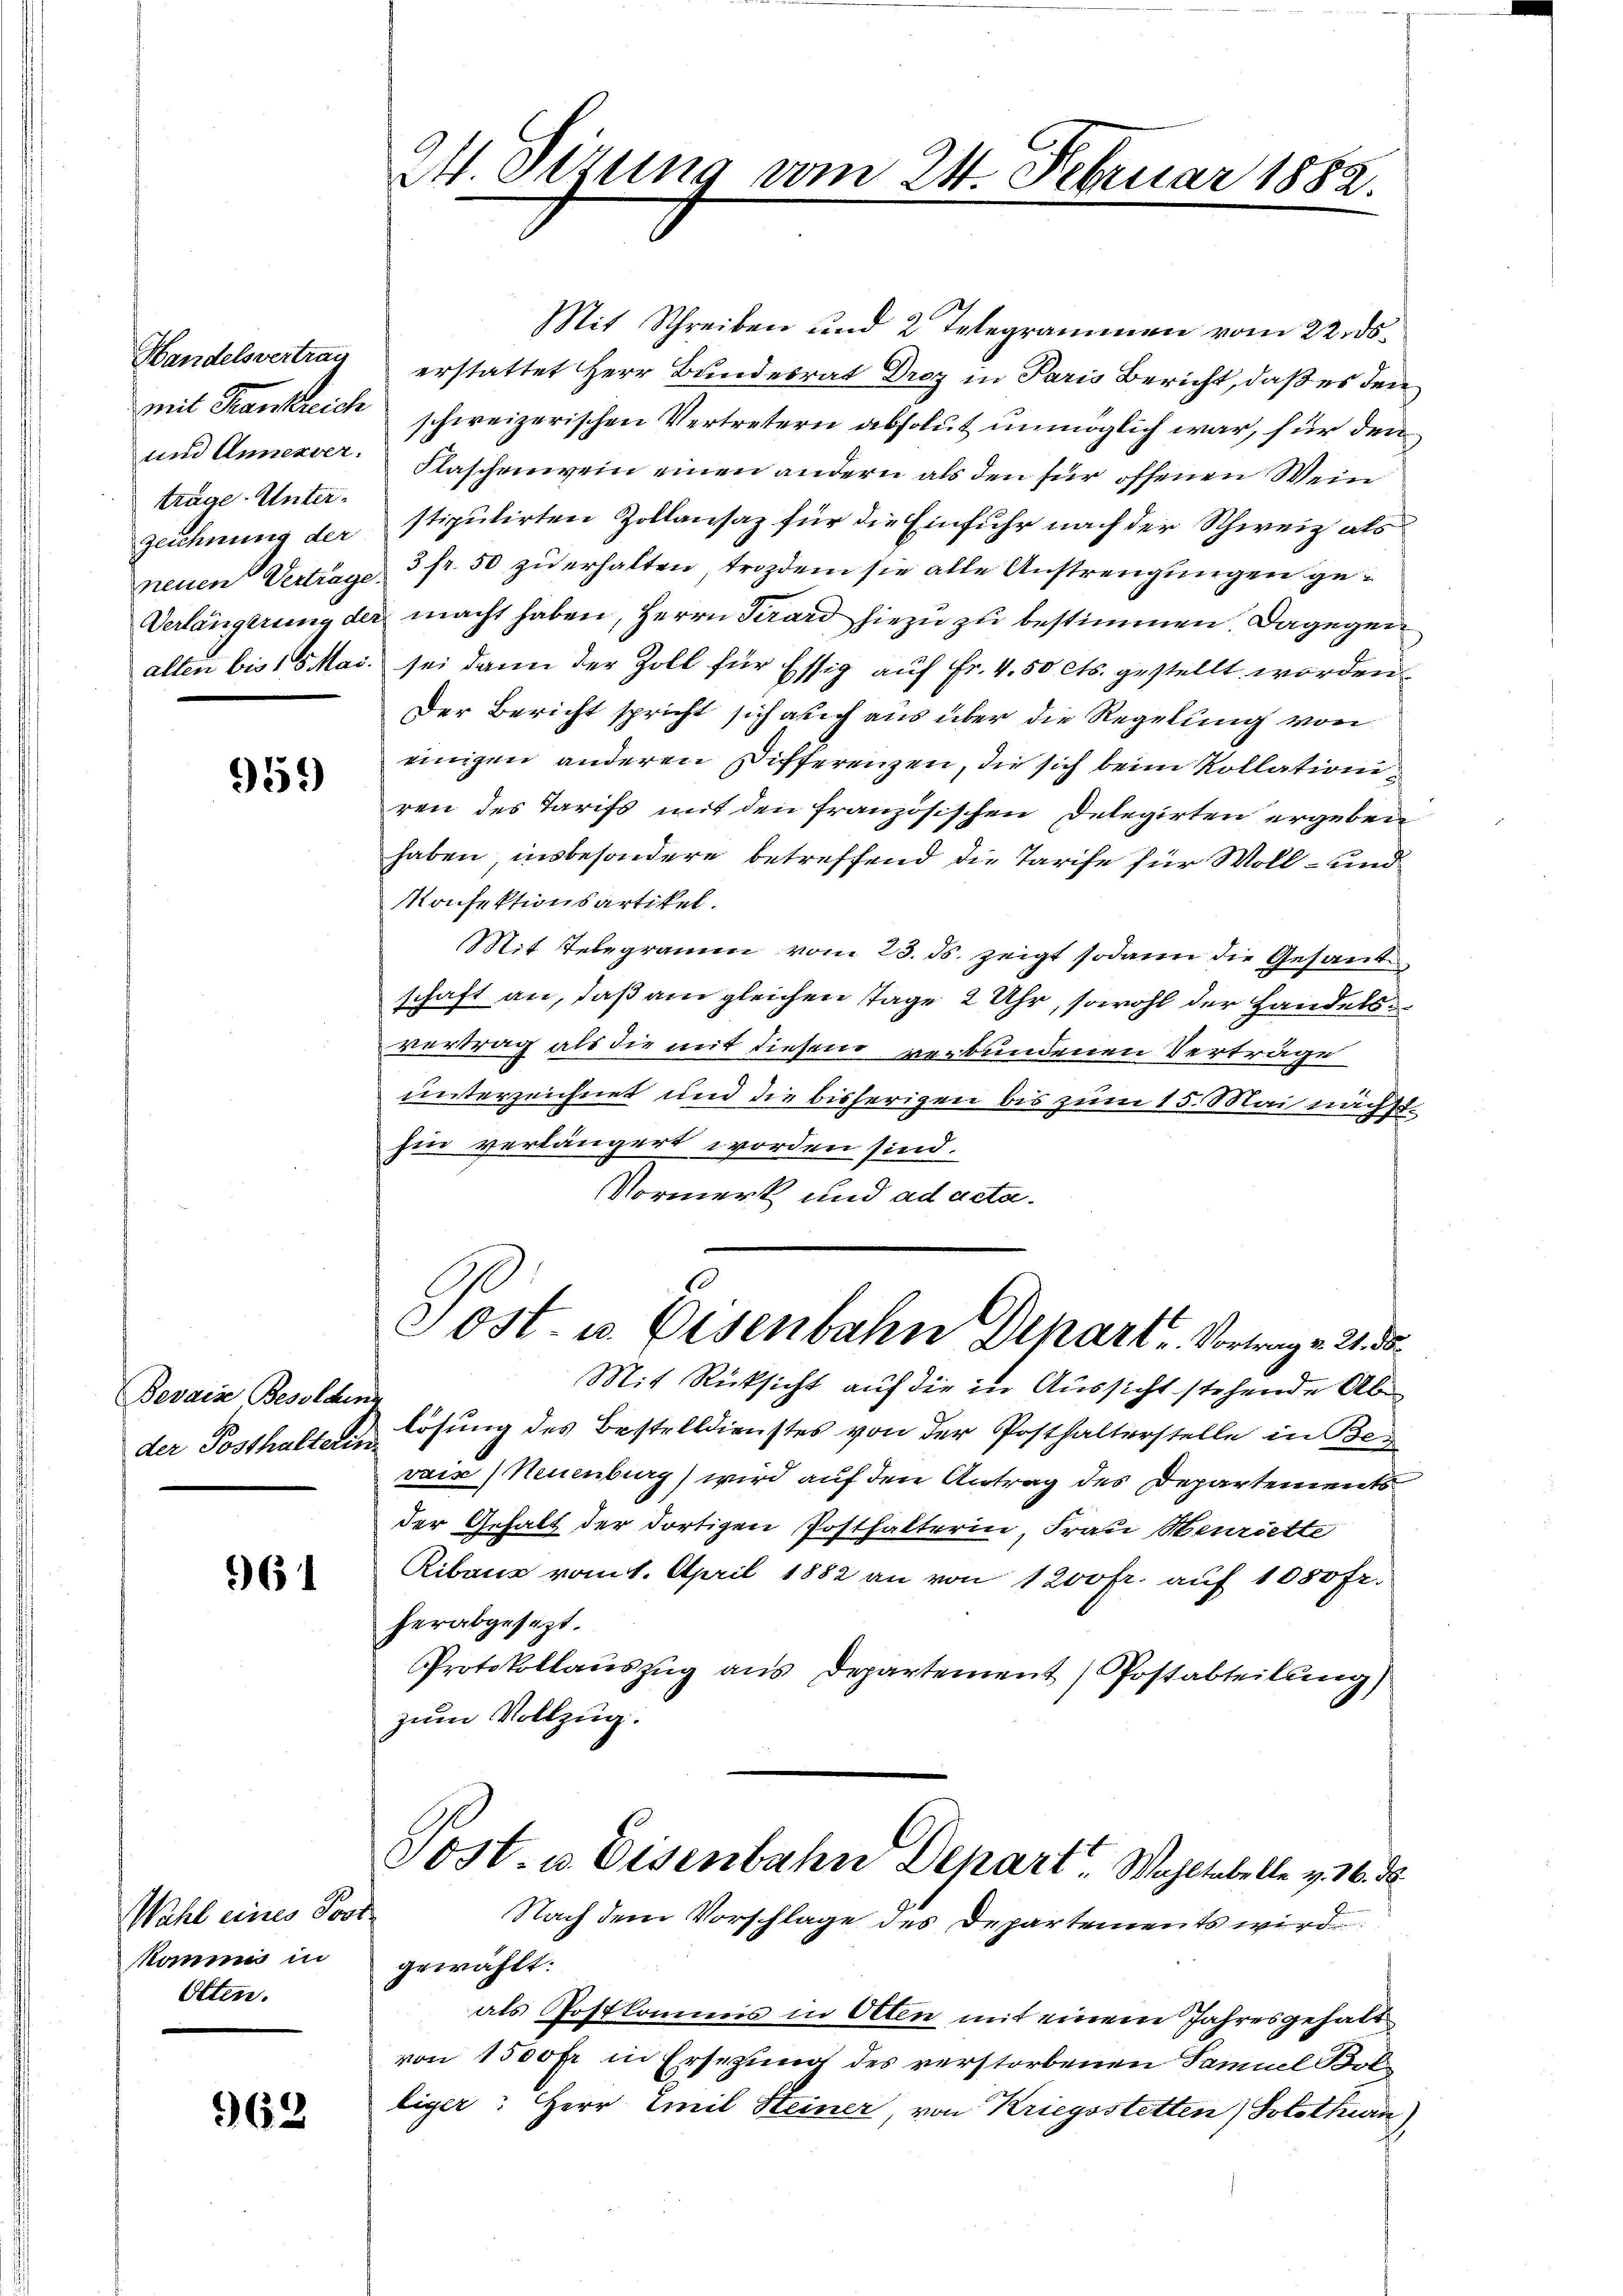
Handelsvertrag
Mit Krankreich
und Annexver.
trage. Unterzeichnung der
alten bis 18 Mai.

959)

Bevais Besolden
der Posthalterin

61

Wahl eines Post
kommis in
Otten.

962

24. Dezung vom 24. Februar 1882.

Mit Schreiben und 2 Telegrammen vom 22. ds.
erstattet Herr Bundesrat Droz in Paris Bericht, daß es den
schweizerischen Vertretern absolut unmöglich war, für den
Flaschenwein einen andern als den für offenen Wein
stipulirten Zollansaz für die Einfuhr nach der Schweiz als
neuen Vertrage 3 fr. 50 zu erhalten, trozdem sie alle Anstrengungen ge¬
Verlängerung der macht haben, Herrn Girard hiezu zu bestimmen. Dagegen
sei dann der Zoll für Essig auf Fr. 4.50 cts. gestellt worden.
Der Bericht spricht sich auch aus über die Regelung von
einigen anderen Differenzen, die sich beim Kollation
ren des Tarifs mit den französischen Delegirten ergeben
haben, insbesondere betreffend die Tarife für Woll- und
Konfektionsartikel.
Mit Telegramm vom 23. ds. zeigt sodann die Gesandschaft an, daß am gleichen Tage 2 Uhr, sowohl der Handelsvertrag als die mit diesem verbundenen Verträge
unterzeichnet und die bisherigen bis zum 15. Mai nächst
hin verlängert worden sind.
Vormerk und ad acta.
e
Sost- u. Eisenbahn Depart - Vortrag v. 2. d
Mit Rücksicht auf die in Aussicht stehende Ab
lösung des Bestelldienstes von der Posthalterstelle in Bevais (Neuenburg) wird auf den Antrag des Departements
der Gehalt der dortigen Posthalterin, Frau Henriette
Ribaus vom 1. April 1882 an von 1200 fr. auf 1050 fr.
herabgesezt.
Protokollauszug aus Departement) Postabteilung)
zum Vollzug.
Jost. u. Eisenbahn Depart Wohltabelle v. 16. de
Nach dem Vorschlage des Departements wird
gewählt:
als Postkommis in Otten mit einem Jahresgehalt
von 1500 fr in Ersezung des verstorbenen Samuel Bol
liger: Herr Emil Steiner von Kriegsstetten) Solothurn)